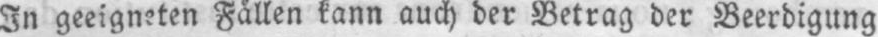
In geeigneten Fällen kann auch der Betrag der Beerdigung